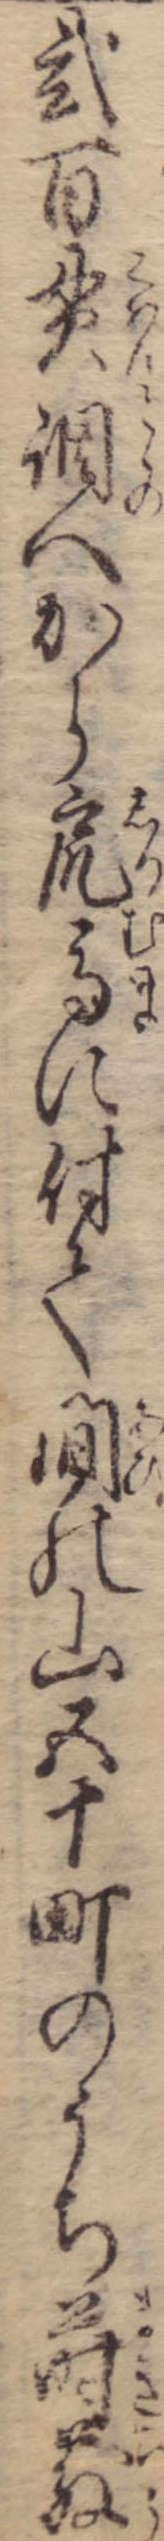
弐百貫調へから尻馬に付て間の山五十町のうち蒔散